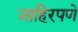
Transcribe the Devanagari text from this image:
जाहिरपणे